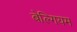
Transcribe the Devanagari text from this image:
बेल्गियम